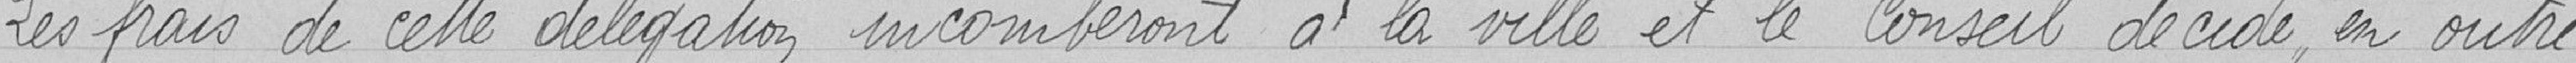
Les frais de délégation, incomberont à la Ville et le Conseil décide, en outre,